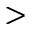
>